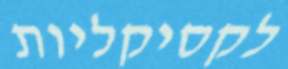
לקסיקליות